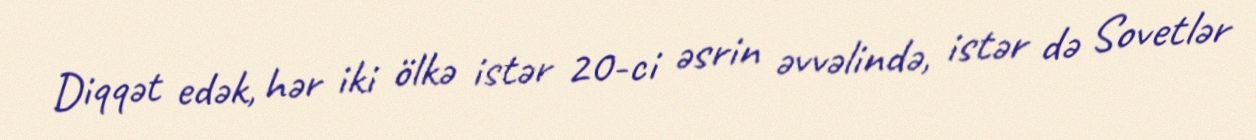
Diqqət edək, hər iki ölkə istər 20-ci əsrin əvvəlində, istər də Sovetlər